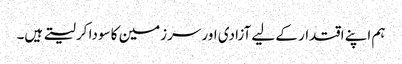
ہم اپنے اقتدار کے لیے آزادی اور سرزمین کا سودا کر لیتے ہیں۔